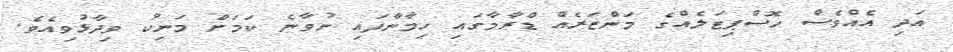
އަދި އެއްވެސް ހޮސްޕިޓަލެއްގެ މަންޒަރެއް ޑްރާމާގައި ހިމާނާފައި ނުވާނެ ކަމަށް މަނިކު ވިދާޅުވިއެވެ.